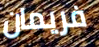
فريمان